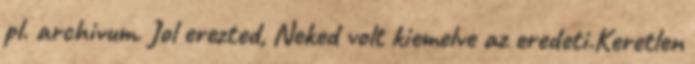
pl. archivum. Jol erezted, Neked volt kiemelve az eredeti.Keretlen